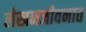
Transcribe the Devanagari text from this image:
लेखनजीवनात